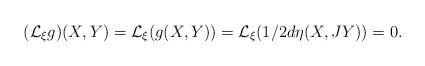
LaTeX: \begin{align*}(\mathcal L_\xi g)(X,Y)=\mathcal L_\xi (g(X,Y))=\mathcal L_\xi(1/2d\eta(X,JY))=0.\end{align*}